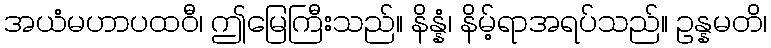
အယံမဟာပထဝီ၊ ဤမြေကြီးသည်။ နိန္နံ၊ နိမ့်ရာအရပ်သည်။ ဥန္နမတိ၊